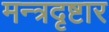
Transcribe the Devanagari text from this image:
मन्त्रदृष्टार